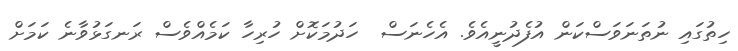
ހިތުގައި ނުތަނަވަސްކަން އުފެދުނީއެވެ. އެހެނަސް  ހަދުމަކޮށް ހުރިހާ ކަމެއްވެސް ރަނގަޅުވާނެ ކަމަށް